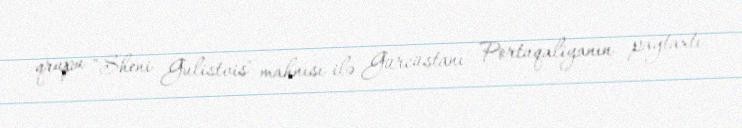
qrupu "Sheni Gulistvis" mahnısı ilə Gürcüstanı Portuqaliyanın paytaxtı